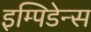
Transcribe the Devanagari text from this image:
इम्पिडेन्स